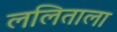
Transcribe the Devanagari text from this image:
ललिताला